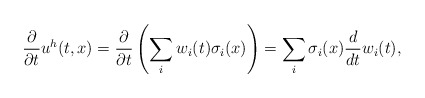
\begin{align*}\frac{\partial}{\partial t}u^h(t,x)=\frac{\partial}{\partial t}\left(\sum_i w_i(t)\sigma_i(x)\right)= \sum_i \sigma_i(x) \frac{d}{d t}w_i(t),\end{align*}